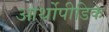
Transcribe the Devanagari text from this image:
आर्थोपीडिक